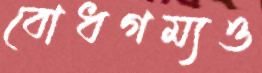
বোধগম্যও